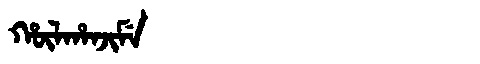
Manchu: ᡥᡡᠯᡥᠠᠨᠵᡳᠮᡝ
Romanization: HŪLHANJIME